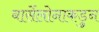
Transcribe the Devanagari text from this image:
बार्सेलोनाकडुन